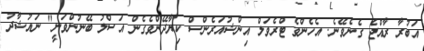
އަބުރާ ރާއްޖެ ގެނެވޭނެ. އެހެންވެ ޓްރެވަލް އިންޝުއަރެންސް ކިޔާދޭންވެގެން އަސްލު ބޭނުންވަނީ" ނައުޝާދު